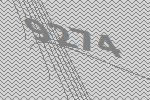
9274